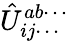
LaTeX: \hat{U}_{ij\cdots}^{ab\cdots}